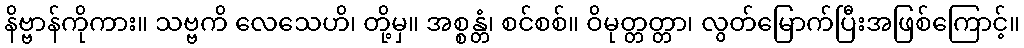
နိဗ္ဗာန်ကိုကား။ သဗ္ဗကိ လေသေဟိ၊ တို့မှ။ အစ္စန္တံ၊ စင်စစ်။ ဝိမုတ္တတ္တာ၊ လွတ်မြောက်ပြီးအဖြစ်ကြောင့်။